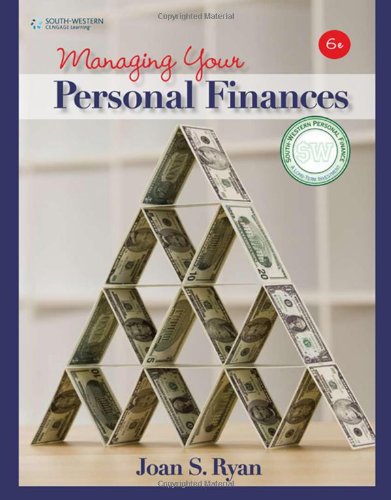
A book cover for Managing Your Personal Finances (Financial Literacy Promotion Project); Joan S. Ryan; Reference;